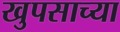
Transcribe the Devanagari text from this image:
खुपसाच्या